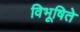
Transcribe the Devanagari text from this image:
विभूषिते